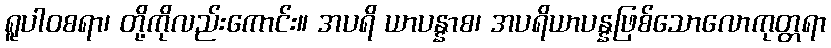
ရူပါဝစရာ၊ တို့ကိုလည်းကောင်း။ အပရိ ယာပန္နာစ၊ အပရိယာပန္နဖြစ်သောလောကုတ္တရာ